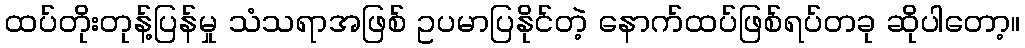
ထပ်တိုးတုန့်ပြန်မှု သံသရာအဖြစ် ဥပမာပြနိုင်တဲ့ နောက်ထပ်ဖြစ်ရပ်တခု ဆိုပါတော့။